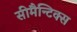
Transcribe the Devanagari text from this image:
सीमैन्टिक्स